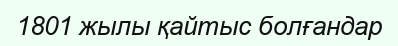
1801 жылы қайтыс болғандар